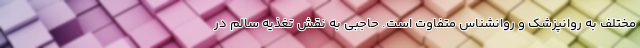
مختلف به روانپزشک و روانشناس متفاوت است. حاجبی به نقش تغذیه سالم در